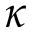
\kappa